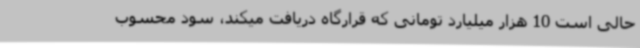
حالی است 10 هزار میلیارد تومانی که قرارگاه دریافت میکند، سود محسوب